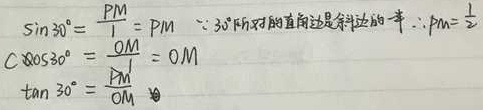
因为\(30^{\circ}\)所对的直角边是斜边的一半，所以：
\(\sin 30^{\circ}=\frac{PM}{1}=PM\)，\(PM = \frac{1}{2}\)
\(\cos 30^{\circ}=\frac{OM}{1}=OM\)
\(\tan 30^{\circ}=\frac{PM}{OM}\)